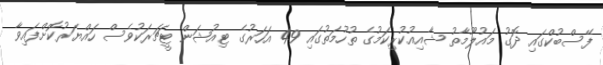
ފޭސްބުކްގައި ދޮގު މައުލޫމާތު ޝާއިއުކުރިކަމުގެ ތުހުމަތުގައި 49 އަހަރުގެ ޓިއުޝަން ޓީޗަރަކުވެސް ހައްޔަރުކޮށްފައިވާ